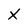
Character: x